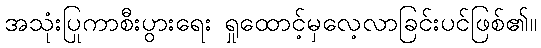
အသုံးပြုကာစီးပွားရေး ရှုထောင့်မှလေ့လာခြင်းပင်ဖြစ်၏။